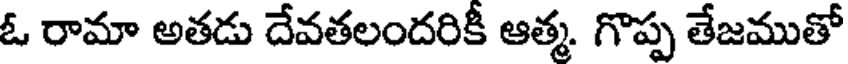
ఓ రామా అతడు దేవతలందరికీ ఆత్మ. గొప్ప తేజముతో